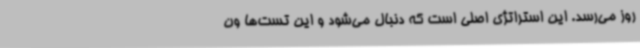
روز می‌رسد. این استراتژی اصلی است که دنبال می‌شود و این تست‌ها ون